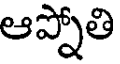
ఆప్నోతి